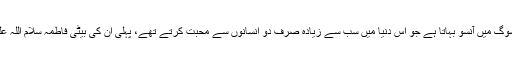
وہ اُس کسی(پیغمبر اسلام)کے سوگ میں آنسو بہاتا ہے جو اس دنیا میں سب سے زیادہ صرف دو انسانوں سے محبت کرتے تھے، پہلی اُن کی بیٹی فاطمہ سلام اللہ علیہا اور دوسرے آپ کے شوہر ۔